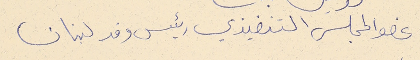
عضو المجلس التنفيذي رئيس وفد لبنان